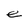
Character: e